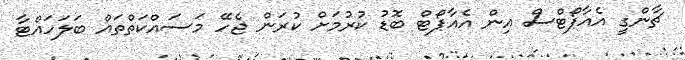
ޗާންގީ އެއާޕޯޓްސް އިން އެއާޕޯޓް ބޮޑު ކުރުމަށް ކުރަން ޖެހޭ މަސައްކަތްތައް ބަލަހައްޓާ